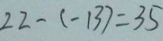
2 2 - ( - 1 3 ) = 3 5